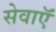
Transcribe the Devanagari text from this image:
सेवाऍं